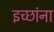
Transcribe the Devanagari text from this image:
इच्छांना